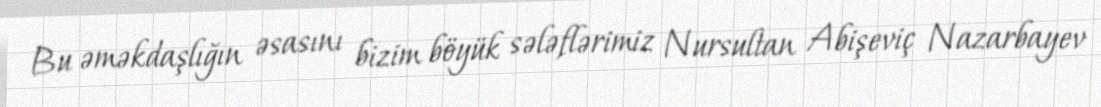
Bu əməkdaşlığın əsasını bizim böyük sələflərimiz Nursultan Abişeviç Nazarbayev